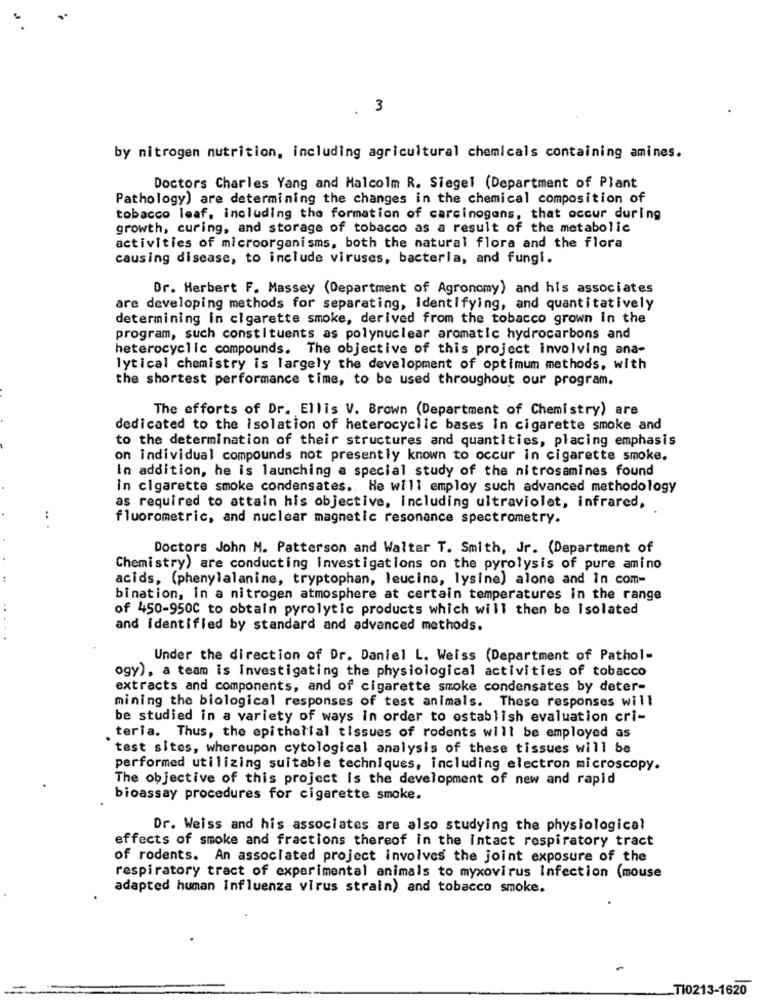
.
3
by nitrogen nutrition, including agricultural chemicals containing amines.
Doctors Charles Yang and Malcolm R. Siegel (Department of Plant
Pathology) are determining the changes in the chemical composition of
tobacco leaf, including the formation of carcinogens, that occur during
growth, curing, and storage of tobacco as a result of the metabolic
activities of microorganisms, both the natural flora and the flora
causing disease, to include viruses, bacteria, and fungi.
Dr. Herbert F. Massey (Department of Agronomy) and his associates
are developing methods for separating, identifying, and quantitatively
determining in cigarette smoke, derived from the tobacco grown In the
program, such constituents as polynuclear aromatic hydrocarbons and
heterocyclic compounds. The objective of this project involving ana-
lytical chemistry is largely the development of optimum methods, with
the shortest performance time, to be used throughout our program.
The efforts of Dr. Ellis V. Brown (Department of Chemistry) are
dedicated to the isolation of heterocyclic bases in cigarette smoke and
to the determination of their structures and quantities, placing emphasis
on individual compounds not presently known to occur in cigarette smoke.
In addition, he is launching a special study of the nitrosamines found
in cigarette smoke condensates. He will employ such advanced methodology
as required to attain his objective, including ultraviolet, infrared,
..
fluorometric, and nuclear magnetic resonance spectrometry.
Doctors John M. Patterson and Walter T. Smith, Jr. (Department of
Chemistry) are conducting investigations on the pyrolysis of pure amino
acids, (phenylalanine, tryptophan, leucine, lysine) alone and in com-
bination, in a nitrogen atmosphere at certain temperatures in the range
of 450-9500 to obtain pyrolytic products which will then be Isolated
and identified by standard and advanced methods.
Under the direction of Dr. Daniel L. Weiss (Department of Pathol-
ogy), a team is Investigating the physiological activities of tobacco
extracts and components, and of cigarette smoke condensates by deter-
mining the biological responses of test animals. These responses will
be studied in a variety of ways in order to establish evaluation cri-
teria. Thus, the epithelial tissues of rodents will be employed as
test sites, whereupon cytological analysis of these tissues will be
performed utilizing suitable techniques, including electron microscopy.
The objective of this project Is the development of new and rapid
bioassay procedures for cigarette smoke.
Dr. Weiss and his associates are also studying the physiological
effects of smoke and fractions thereof in the intact respiratory tract
of rodents. An associated project involves the joint exposure of the
respiratory tract of experimental animals to myxovirus Infection (mouse
adapted human influenza virus strain) and tobacco smoke.
TI0213-1620